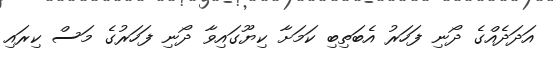
އަދަދެއްގެ ދޯނި ފަހަރު އެބަތިބި ކަމަށާ ކިޔޫގައިވާ ދޯނި ފަހަރުގެ މަސް ކިރައި